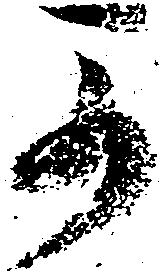
可